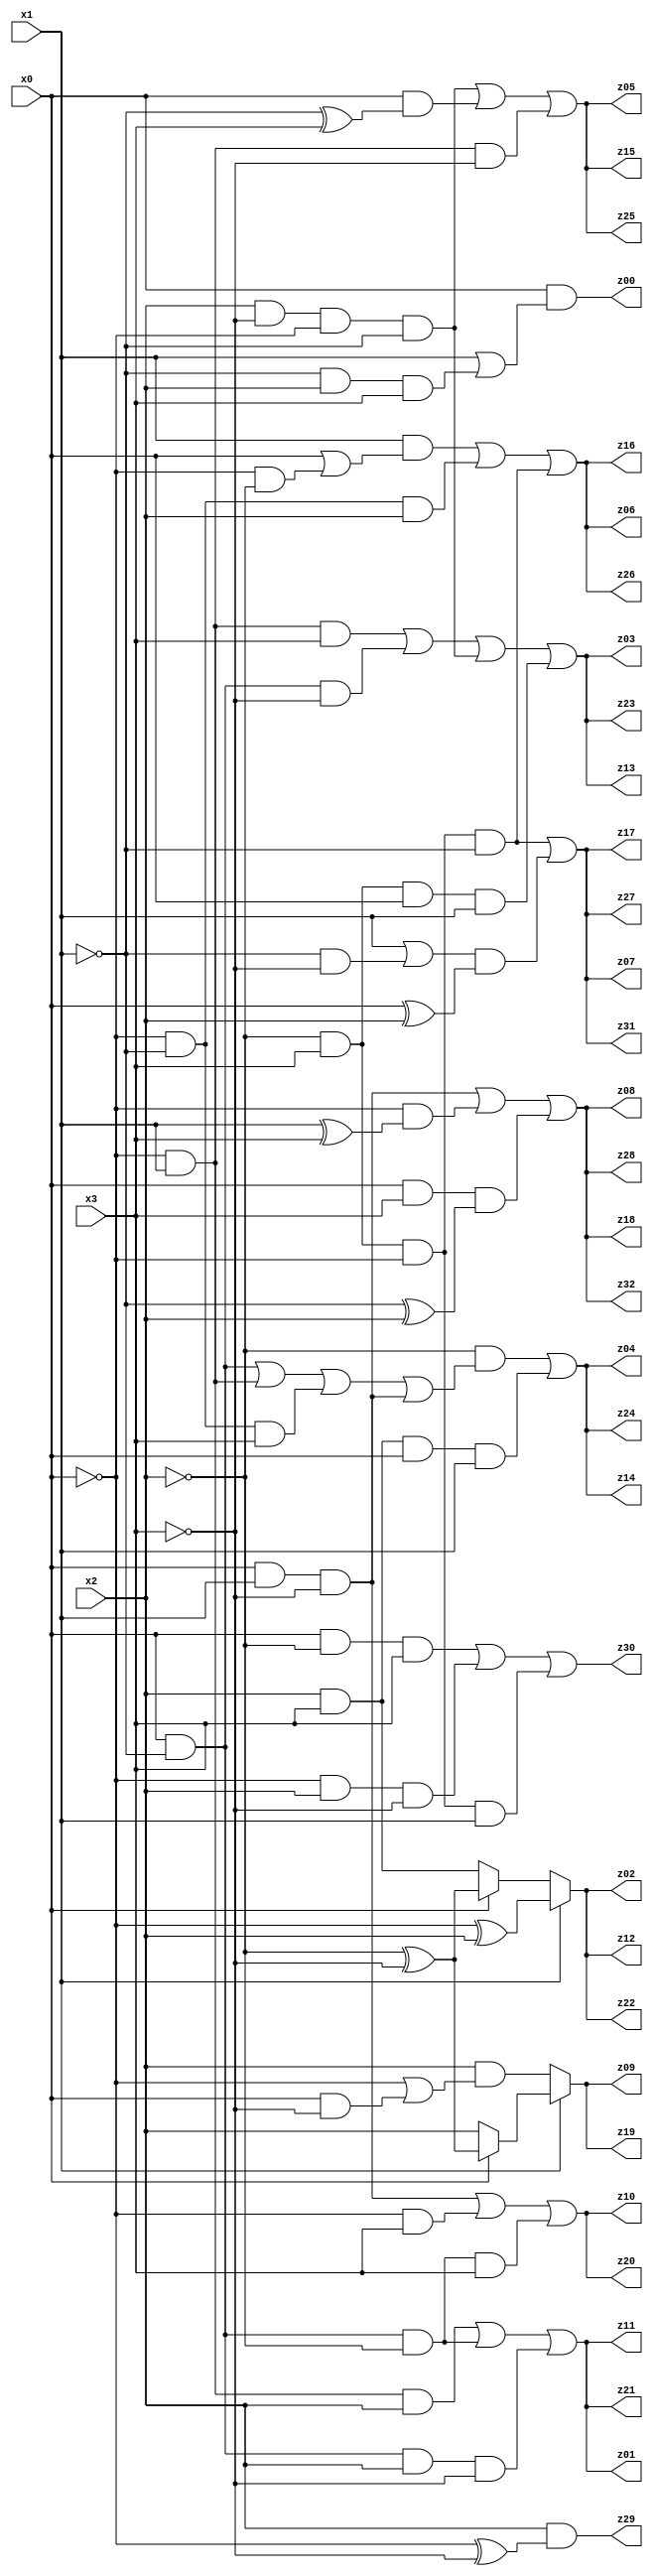
// Benchmark "q_5" written by ABC on Tue Jul 11 03:09:13 2023

module q_5 ( 
    x0, x1, x2, x3,
    z00, z01, z02, z03, z04, z05, z06, z07, z08, z09, z10, z11, z12, z13,
    z14, z15, z16, z17, z18, z19, z20, z21, z22, z23, z24, z25, z26, z27,
    z28, z29, z30, z31, z32  );
  input  x0, x1, x2, x3;
  output z00, z01, z02, z03, z04, z05, z06, z07, z08, z09, z10, z11, z12, z13,
    z14, z15, z16, z17, z18, z19, z20, z21, z22, z23, z24, z25, z26, z27,
    z28, z29, z30, z31, z32;
  assign z00 = x0 & (x1 | (~x1 & x2 & x3));
  assign z01 = (~x0 & x1 & x2) | (x0 & ~x1 & ~x2) | (x0 & ~x1 & x2 & ~x3);
  assign z02 = x1 ? (~x0 ^ x2) : (x0 ? (~x2 ^ ~x3) : (x2 & x3));
  assign z03 = (~x0 & x1 & x3) | (x0 & ~x1 & ~x3) | (x2 & ~x3 & ~x0 & ~x1) | (~x2 & x3 & x0 & x1);
  assign z04 = (~x2 & ((x0 & ~x1) | (~x0 & x1) | (~x0 & ~x1 & x3) | (x0 & x1 & ~x3))) | (x2 & x3 & x0 & x1);
  assign z05 = (x2 & ~x3 & ~x0 & ~x1) | (x0 & (~x1 ^ x3)) | (~x0 & x1 & ~x3);
  assign z06 = (x1 & (x0 | (~x0 & ~x2))) | (~x0 & ~x1 & x2) | (~x2 & x3 & ~x0 & ~x1);
  assign z07 = (~x2 & x3 & ~x0 & ~x1) | ((x1 | (~x1 & ~x3)) & (x0 ^ x2));
  assign z08 = (x0 & x1 & ~x3) | (~x0 & (x1 ^ x3)) | (x0 & x3 & (~x1 ^ x2));
  assign z09 = x1 ? (x0 ? (~x2 ^ ~x3) : x2) : (x2 & (~x0 | (x0 & ~x3)));
  assign z10 = (x0 & x1 & ~x3) | (~x0 & x3) | (x0 & ~x1 & ~x2 & x3);
  assign z11 = (~x0 & x1 & x2) | (x0 & ~x1 & ~x2) | (x0 & ~x1 & x2 & ~x3);
  assign z12 = x1 ? (~x0 ^ x2) : (x0 ? (~x2 ^ ~x3) : (x2 & x3));
  assign z13 = (~x0 & x1 & x3) | (x0 & ~x1 & ~x3) | (x2 & ~x3 & ~x0 & ~x1) | (~x2 & x3 & x0 & x1);
  assign z14 = (~x2 & ((x0 & ~x1) | (~x0 & x1) | (~x0 & ~x1 & x3) | (x0 & x1 & ~x3))) | (x2 & x3 & x0 & x1);
  assign z15 = (x2 & ~x3 & ~x0 & ~x1) | (x0 & (~x1 ^ x3)) | (~x0 & x1 & ~x3);
  assign z16 = (x1 & (x0 | (~x0 & ~x2))) | (~x0 & ~x1 & x2) | (~x2 & x3 & ~x0 & ~x1);
  assign z17 = (~x2 & x3 & ~x0 & ~x1) | ((x1 | (~x1 & ~x3)) & (x0 ^ x2));
  assign z18 = (x0 & x1 & ~x3) | (~x0 & (x1 ^ x3)) | (x0 & x3 & (~x1 ^ x2));
  assign z19 = x1 ? (x0 ? (~x2 ^ ~x3) : x2) : (x2 & (~x0 | (x0 & ~x3)));
  assign z20 = (x0 & x1 & ~x3) | (~x0 & x3) | (x0 & ~x1 & ~x2 & x3);
  assign z21 = (~x0 & x1 & x2) | (x0 & ~x1 & ~x2) | (x0 & ~x1 & x2 & ~x3);
  assign z22 = x1 ? (~x0 ^ x2) : (x0 ? (~x2 ^ ~x3) : (x2 & x3));
  assign z23 = (~x0 & x1 & x3) | (x0 & ~x1 & ~x3) | (x2 & ~x3 & ~x0 & ~x1) | (~x2 & x3 & x0 & x1);
  assign z24 = (~x2 & ((x0 & ~x1) | (~x0 & x1) | (~x0 & ~x1 & x3) | (x0 & x1 & ~x3))) | (x2 & x3 & x0 & x1);
  assign z25 = (x2 & ~x3 & ~x0 & ~x1) | (x0 & (~x1 ^ x3)) | (~x0 & x1 & ~x3);
  assign z26 = (x1 & (x0 | (~x0 & ~x2))) | (~x0 & ~x1 & x2) | (~x2 & x3 & ~x0 & ~x1);
  assign z27 = (~x2 & x3 & ~x0 & ~x1) | ((x1 | (~x1 & ~x3)) & (x0 ^ x2));
  assign z28 = (x0 & x1 & ~x3) | (~x0 & (x1 ^ x3)) | (x0 & x3 & (~x1 ^ x2));
  assign z29 = x2 & (~x0 ^ ~x3);
  assign z30 = (x0 & ~x2 & x3) | (~x0 & x2 & ~x3) | (~x2 & x3 & ~x0 & x1);
  assign z31 = (~x2 & x3 & ~x0 & ~x1) | ((x1 | (~x1 & ~x3)) & (x0 ^ x2));
  assign z32 = (x0 & x1 & ~x3) | (~x0 & (x1 ^ x3)) | (x0 & x3 & (~x1 ^ x2));
endmodule